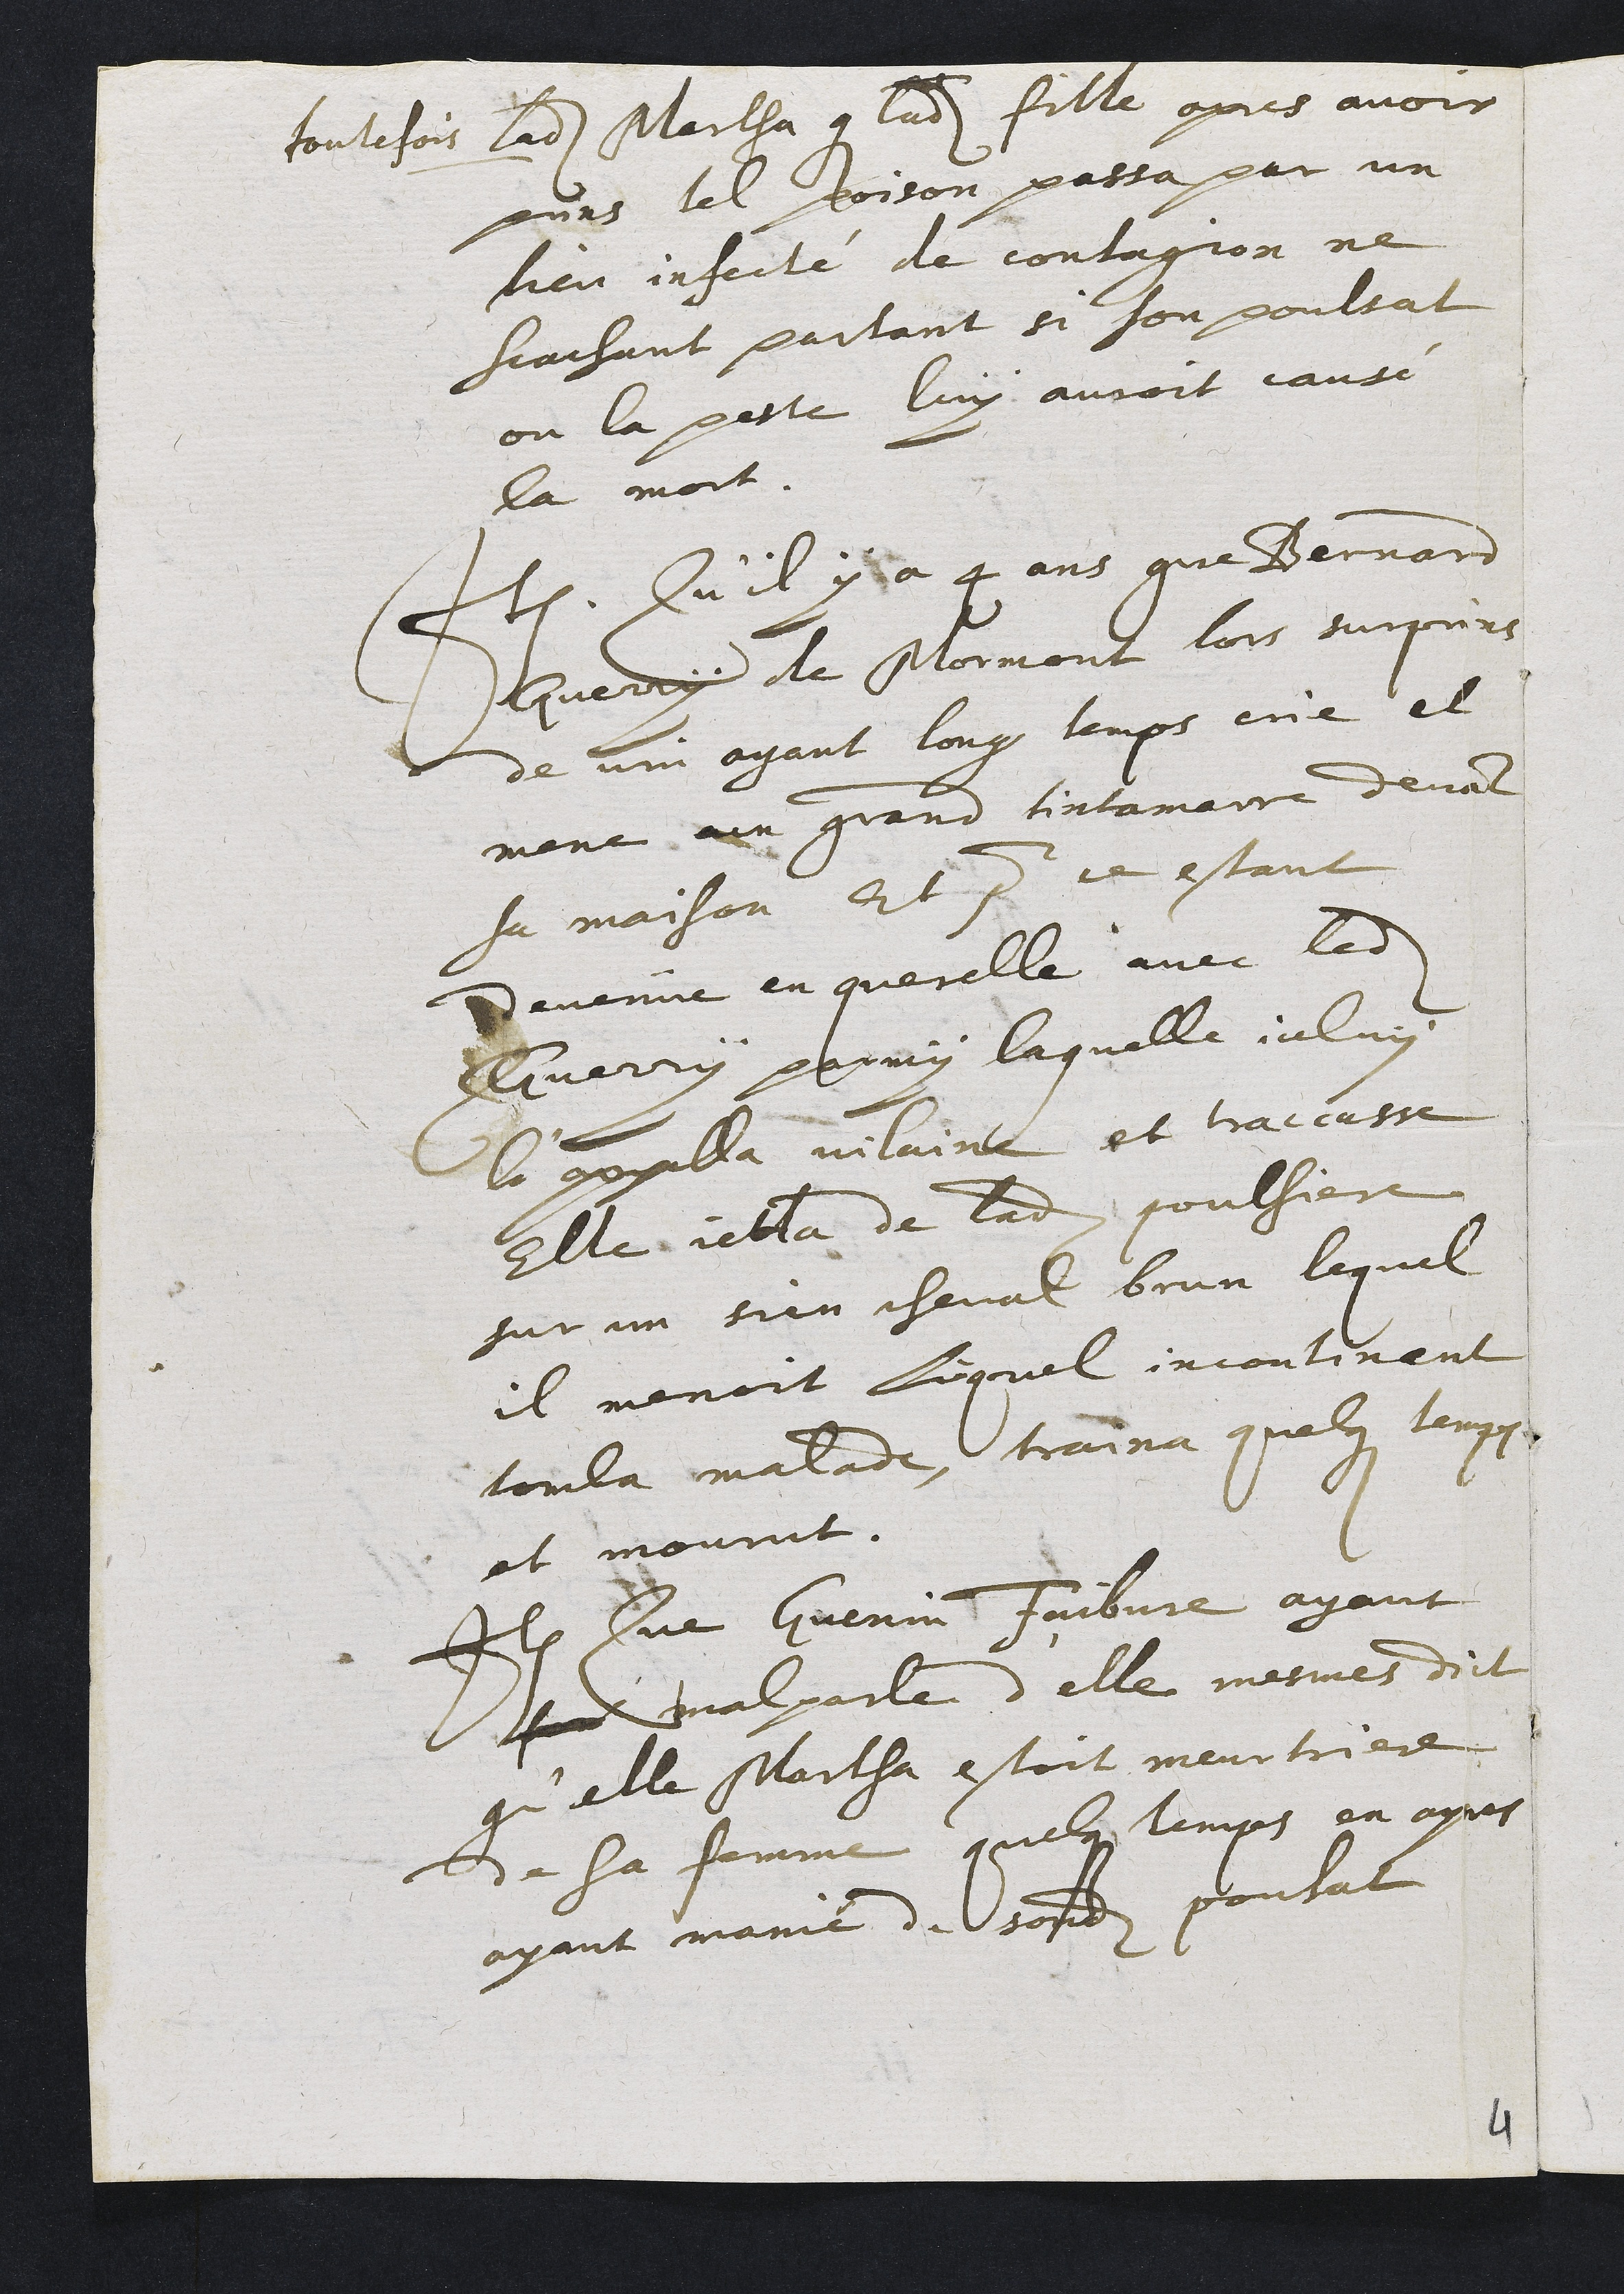
toutefois ladite Martha que ladite fille apres avoir
prins tel poison passa par un
lieu infecté de contagion ne
scachant partant si son poulsat
ou la peste luy auroit causé
la mort.
Item Qu'il y a 4 ans que Bernard
Guerry de Mormont lors surprins
de vin ayant long temps crie et
mene un grand tintamarre devant
sa maison Et pour ce estant
devenue en querelle avec ledit
Guerry parmy laquelle iceluy
l'appella vilaine et traccasse
Elle jetta de ladite poulsiere
sur un sien cheval brun lequel
il menoit lequel incontinant
tomba malade, traina quelques temps
et mourut.
Item Que Guenin Faibvre ayant
for mal parle d'elle mesmes dict
qu'elle Martha estoit meurtriere
de sa femme quelques temps en apres
ayant manié de sondit poulsat